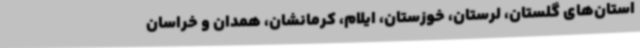
استان‌های گلستان، لرستان، خوزستان، ایلام، کرمانشان، همدان و خراسان